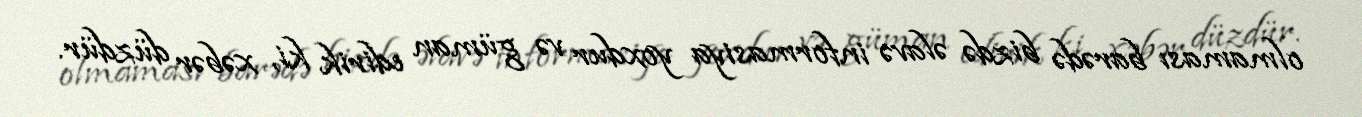
olmaması barədə bizdə əlavə informasiya yoxdur və güman edirik ki, xəbər düzdür.